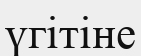
үгітіне